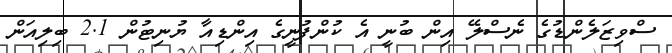
ސްވިޒަލެންޑުގެ ނެސްލޭ އިން ބުނީ އެ ކުންފުނީގެ އިންޑިއާ ޔުނިޓުން 2.1 ބިލިއަން